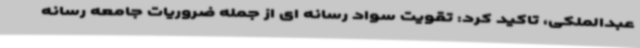
عبدالملکی، تاکید کرد: تقویت سواد رسانه ای از جمله ضروریات جامعه رسانه